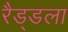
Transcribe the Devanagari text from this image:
रैड्डला